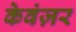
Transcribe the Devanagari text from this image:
केवंज़र